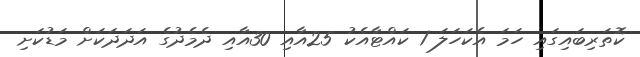
ކޮތަރިބައިގައި ހަމަ އެކަހަލަ 1 ކައްޓާއެކު 25އާއި 30އާއި ދެމެދުގެ އަދަދަކަށް މަޑުކަށި